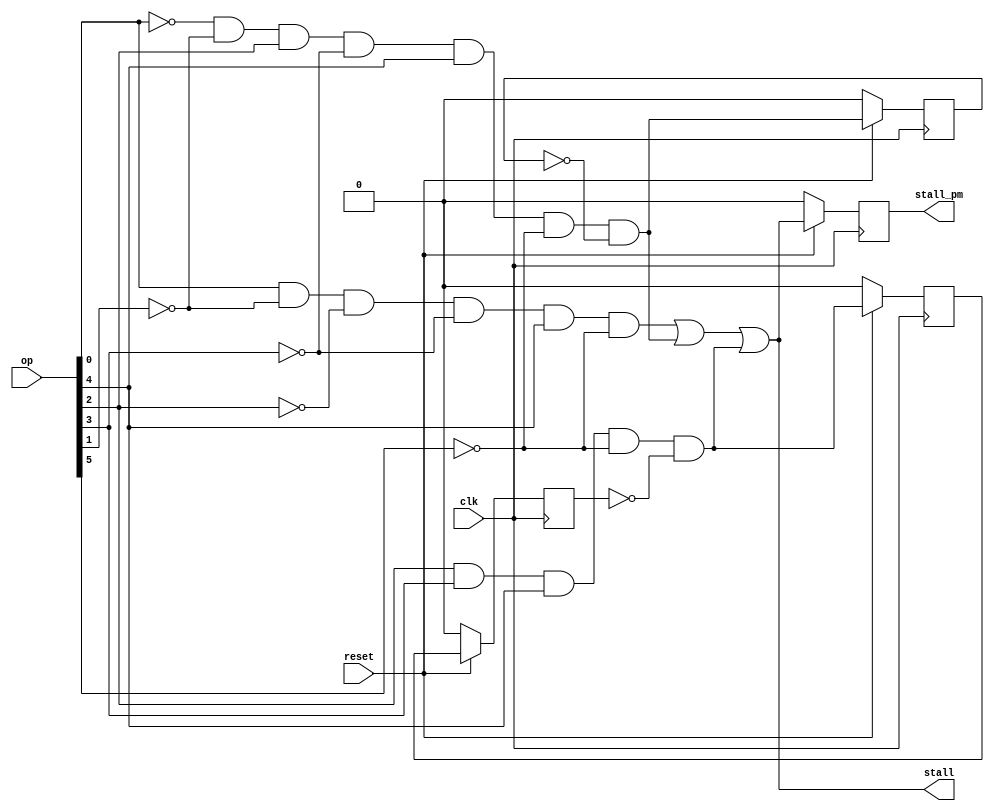
`timescale 1ns / 1ps
//////////////////////////////////////////////////////////////////////////////////
// Company: 
// Engineer: 
// 
// Design Name: 
// Module Name:    stall_control_block 
// Project Name: 
// Target Devices: 
// Tool versions: 
// Description: 
//
// Dependencies: 
//
// Revision: 
// Revision 0.01 - File Created
// Additional Comments: 
//
//////////////////////////////////////////////////////////////////////////////////
module stall_control_block(op, clk, reset, stall, stall_pm);

input [5:0] op;
input clk, reset;
output stall, stall_pm;
wire hlt, ld, jmp;
reg q1,q2,q3,q4;

assign hlt = op[0] & (~op[1]) & (~op[2]) & (~op[3]) & (op[4]) & (~op[5]);
assign ld = (~op[0]) & (~op[1]) & (op[2]) & (~op[3]) & (op[4]) & (~op[5]) & ~q1;
assign jmp = (op[2]) & (op[3]) & (op[4]) & (~op[5]) & ~q4;
assign stall = (hlt | ld | jmp);

always @(posedge clk)
begin
	if(reset == 1)
	begin
	q1 <= ld;
	q2 <= stall;
	q3 <= jmp;
	q4 <= q3;
	end

	else
	begin
	q1 <= 0;
	q2 <= 0;
	q3 <= 0;
	q4 <= 0;
	end

end

assign stall_pm = q2;

endmodule